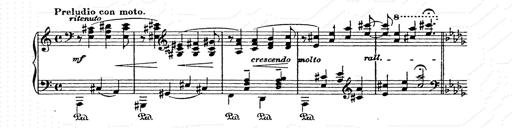
Title: AnnÃ©es de pÃ¨lerinage II
Composer: Franz Liszt